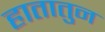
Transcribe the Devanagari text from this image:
हातातुन